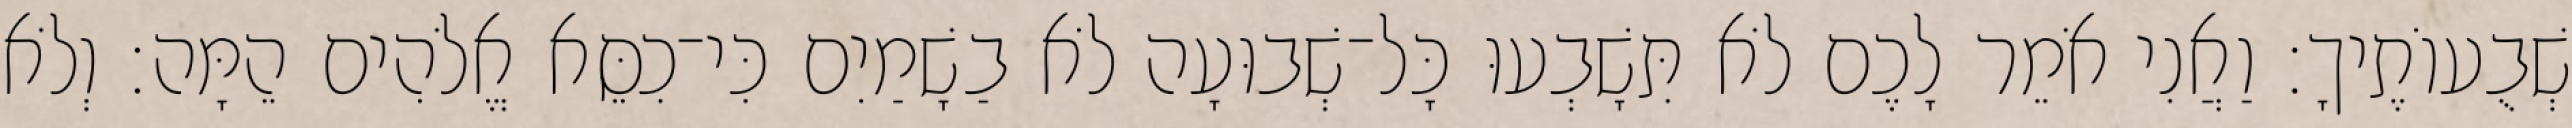
שְׁבֻעוֹתֶיךָ׃ וַאֲנִי אֹמֵר לָכֶם לֹא תִּשָׁבְעוּ כָּל־שְׁבוּעָה לֹא בַשָׁמַיִם כִּי־כִסֵּא אֱלֹהִים הֵמָּה׃ וְלֹא